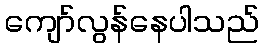
ကျော်လွန်နေပါသည်